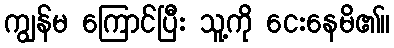
ကျွန်မ ကြောင်ပြီး သူ့ကို ငေးနေမိ၏။